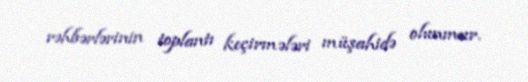
rəhbərlərinin toplantı keçirmələri müşahidə olunmur.